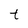
Character: t